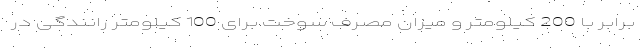
برابر با 200 کیلومتر و میزان مصرف سوخت برای 100 کیلومتر رانندگی در